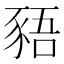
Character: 𬤿